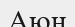
Аюн